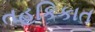
તહકિકાત